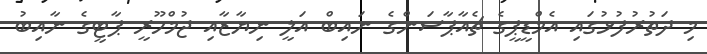
މި ދަތުރުފުޅުގައި އެމްޑީޕީގެ ޗެއާޕާސަންގެ ނައިބް އަލީ ނިޔާޒާއި ޖުމްހޫރީ ޕާޓީގެ ނާއިބު